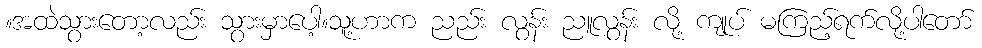
။အထဲသွားတော့လည်း သွားမှာပေါ့။သူ့ဟာက ညည်း လွန်း ညူလွန်း လို့ ကျုပ် မကြည့်ရက်လို့ပါတော်